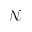
\mathcal { N }